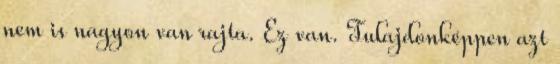
nem is nagyon van rajta. Ez van. Tulajdonképpen azt